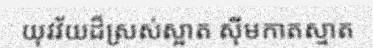
យុវវ័យដ៏ស្រស់ស្អាត ស៊ីមកាតស្មាត